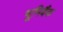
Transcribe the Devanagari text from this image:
भूमिबैंक